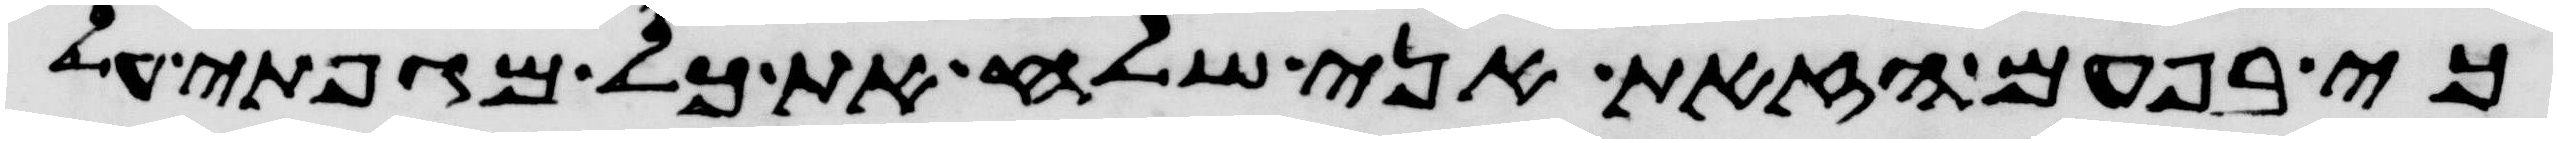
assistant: כי בפעם הזאת אני שלח את כל מגפתי על